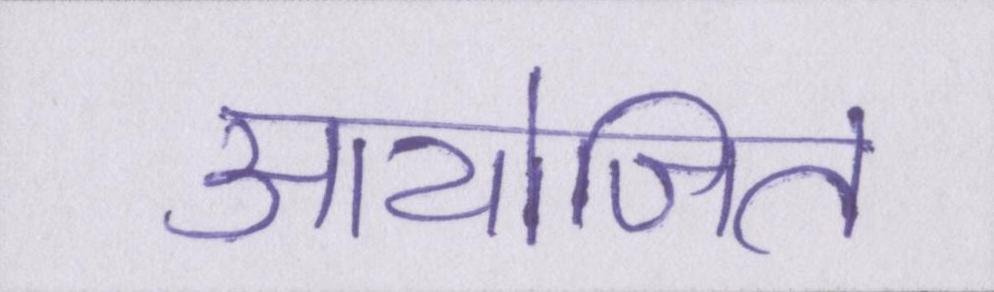
आयोजित